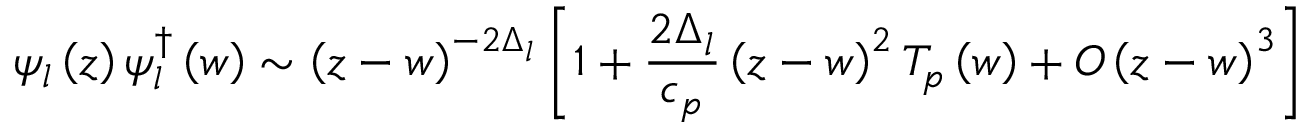
\psi _ { l } \left( z \right) \psi _ { l } ^ { \dagger } \left( w \right) \sim \left( z - w \right) ^ { - 2 \Delta _ { l } } \left[ 1 + \frac { 2 \Delta _ { l } } { c _ { p } } \left( z - w \right) ^ { 2 } T _ { p } \left( w \right) + O \left( z - w \right) ^ { 3 } \right]